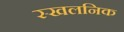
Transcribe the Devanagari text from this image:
स्खलनिक